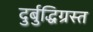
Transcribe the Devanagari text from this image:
दुर्बुद्धिग्रस्त